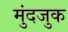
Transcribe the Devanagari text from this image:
मुंदजुक